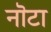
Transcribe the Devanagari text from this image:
नॊटा